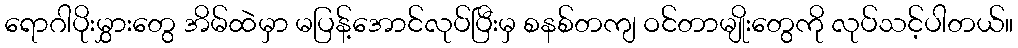
ရောဂါပိုးမွှားတွေ အိမ်ထဲမှာ မပြန့်အောင်လုပ်ပြီးမှ စနစ်တကျ ဝင်တာမျိုးတွေကို လုပ်သင့်ပါတယ်။